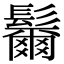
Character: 𩯨